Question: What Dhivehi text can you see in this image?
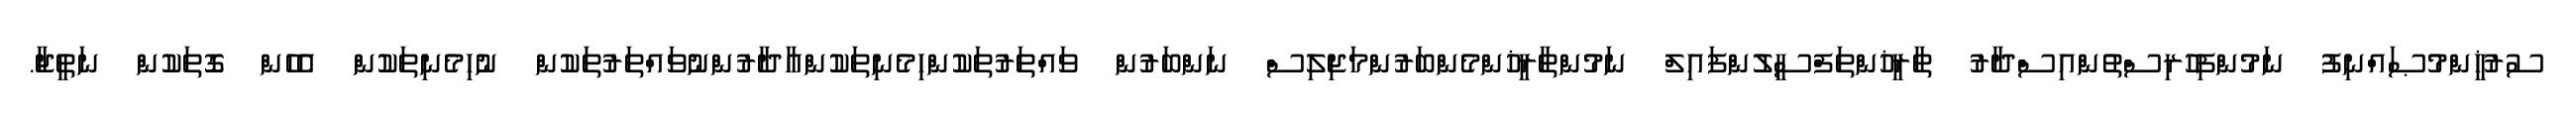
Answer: ސުރުޚީންމުޞައްނިފު ނަމުންފިހުރިސްތުންއިސްދާރު ތާރީޚުންތަފްސީލުންފައިލް ނަމުންތާރީޚުންމެންބަރުންމަޖިލިސް ނަންބަރުން ވައްތަރުތަކުންހިމެނިތަކުންއާދާރުންނުވައްތަރުތަކުން ނުހިމެނިތަކުން އެހެން ގޮތަކުން ނަތީޖާ.